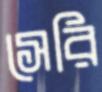
সেরি